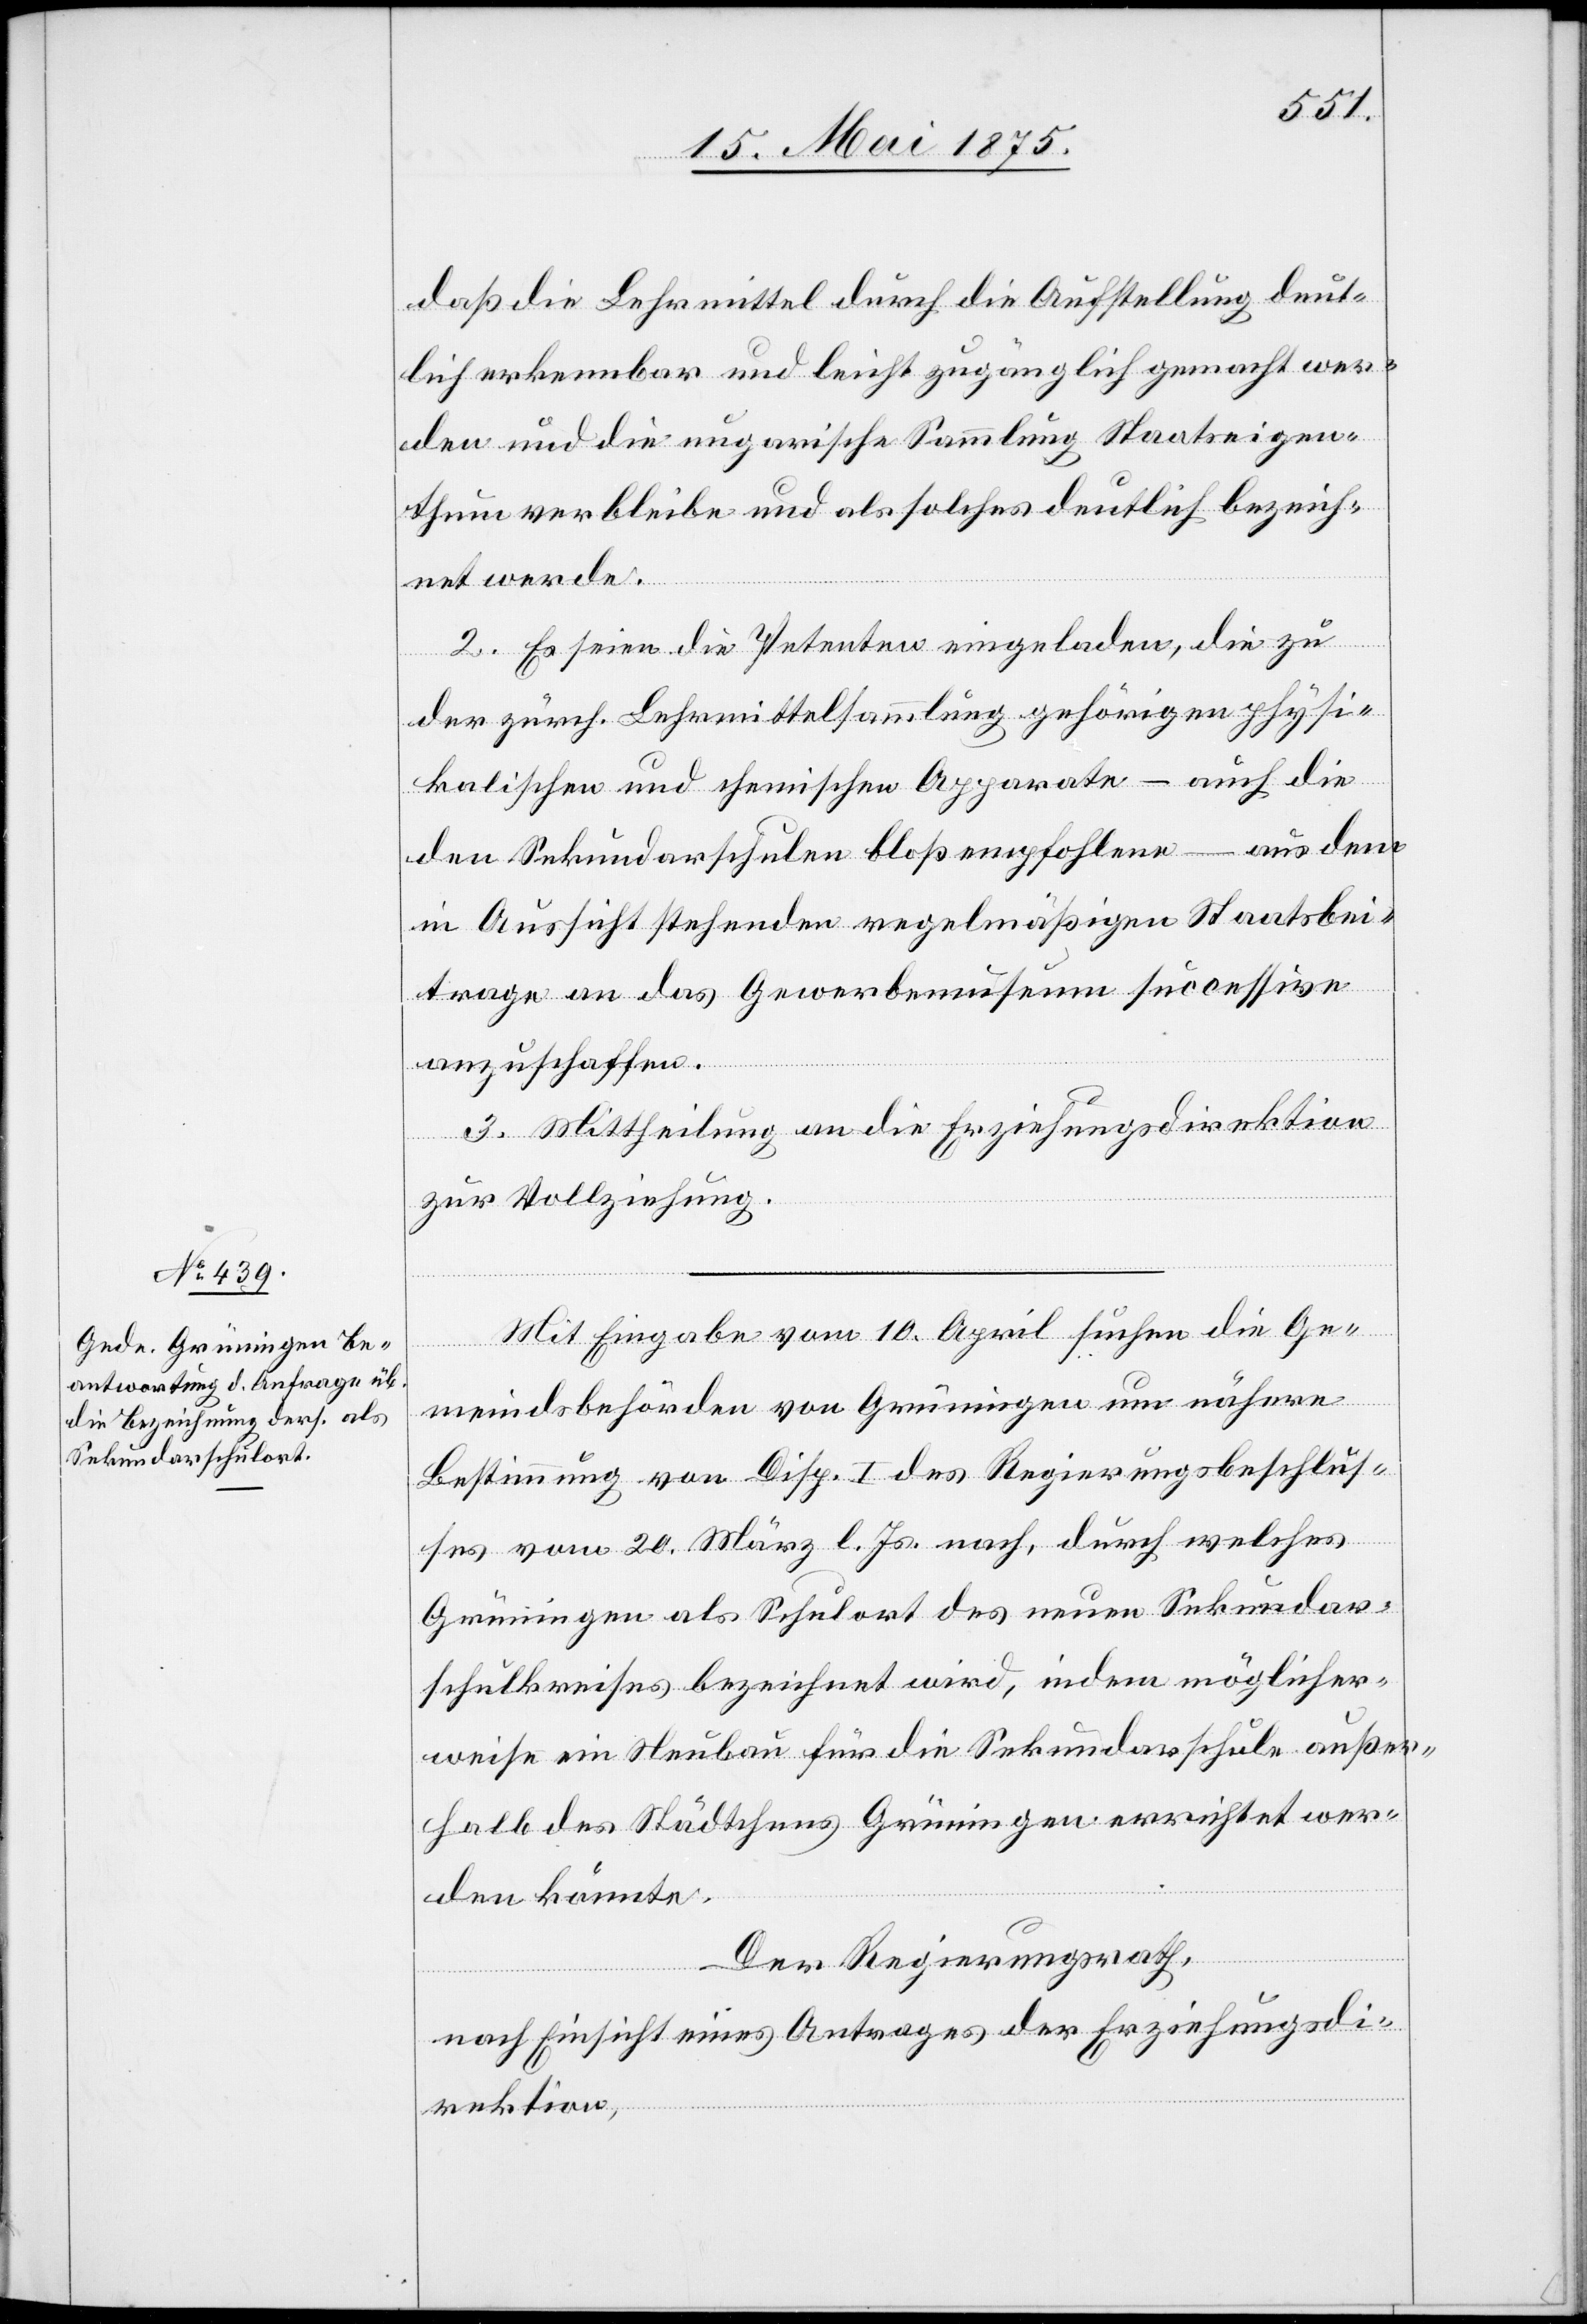
daß die Lehrmittel durch die Aufstellung deut¬
lich erkennbar und leicht zugänglich gemacht wer¬
den und die ungarische Sammlung Staatseigen¬
thum verbleibe und als solches deutlich bezeich¬
net werde.
2. Es seien die Petenten eingeladen, die zu
der zürch. Lehrmittelsammlung gehörigen physi¬
kalischen und chemischen Apparate – auch die
den Sekundarschulen bloß empfohlene – aus dem
in Aussicht stehenden regelmäßigen Staatsbei¬
trage an das Gewerbemuseum successive
anzuschaffen.
3. Mittheilung an die Erziehungsdirektion
zur Vollziehung.
Mit Eingabe vom 10. April suchen die Ge¬
meindsbehörden von Grüningen um nähere
Bestimmung von Disp. I des Regierungsbeschlus¬
ses vom 20. März l. Js. nach, durch welches
Grüningen als Schulort des neuen Sekundar¬
schulkreises bezeichnet wird, indem möglicher¬
weise ein Neubau für die Sekundarschule außer¬
halb des Städtchens Grüningen errichtet wer¬
den könnte.
Der Regierungsrath,
nach Einsicht eines Antrages der Erziehungsdi¬
rektion,